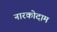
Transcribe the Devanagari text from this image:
नारकोदाम